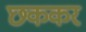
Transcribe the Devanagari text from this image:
छककर